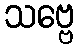
သဗ္ဗေ